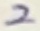
Text: 2